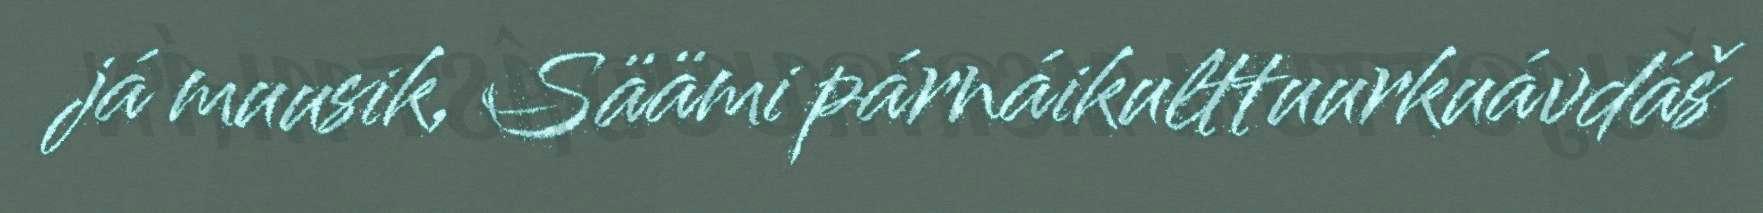
já muusik, Säämi párnáikulttuurkuávdáš